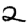
Digit: 2